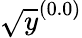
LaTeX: \sqrt{y}^{(0.0)}